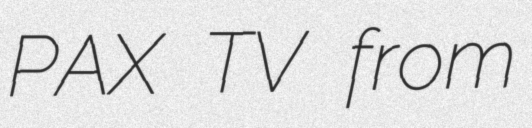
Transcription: PAX TV from